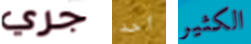
جري أحد الكثير